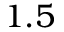
1 . 5